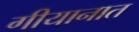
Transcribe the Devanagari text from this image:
गीयानात